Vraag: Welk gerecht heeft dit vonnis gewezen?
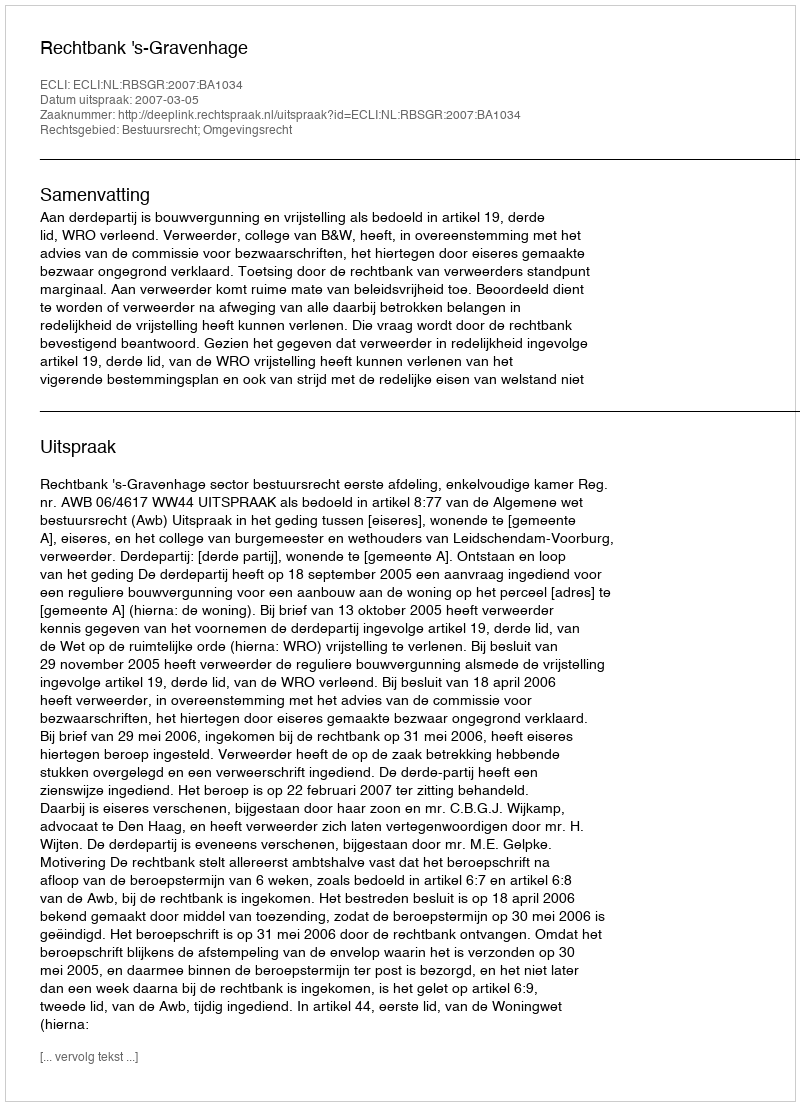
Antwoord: Rechtbank 's-Gravenhage